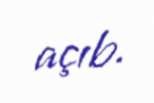
açıb.